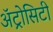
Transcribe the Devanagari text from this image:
अॅट्रोसिटी